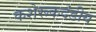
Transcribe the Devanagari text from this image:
कशेरूकदंडीय